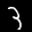
Label: 3